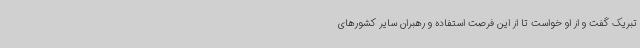
تبریک گفت و از او خواست تا از این فرصت استفاده و رهبران سایر کشورهای